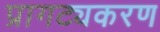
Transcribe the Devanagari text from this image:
प्रागट्यकरण